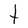
Character: t